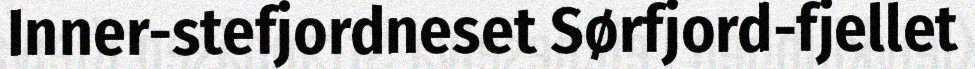
Inner-stefjordneset Sørfjord-fjellet